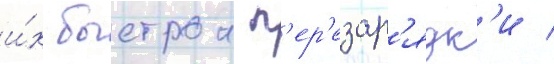
и́х быстрои п'ер'езар'ядк'и /